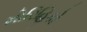
મોરિહિકો